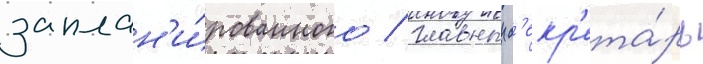
заплан'и́рованного / главныи с'екр'ета́рь